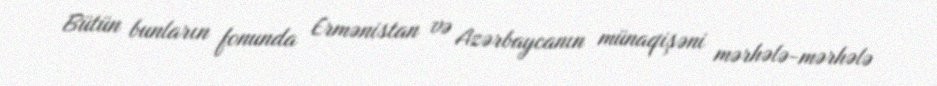
Bütün bunların fonunda Ermənistan və Azərbaycanın münaqişəni mərhələ-mərhələ